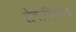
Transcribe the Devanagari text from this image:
सेवाविधान